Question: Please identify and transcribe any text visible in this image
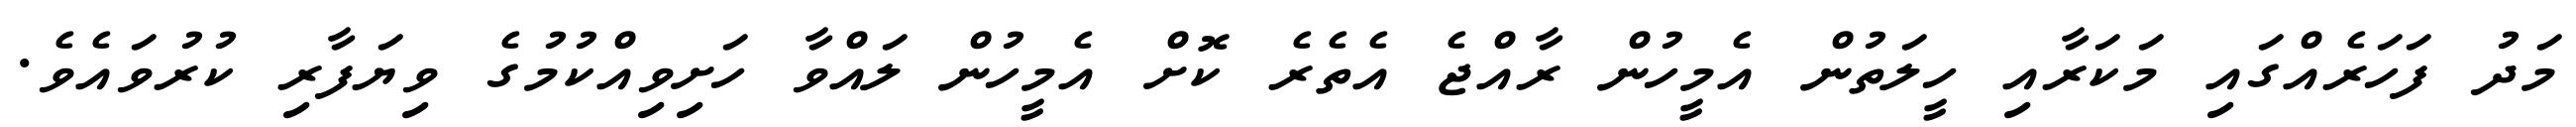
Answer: މަދު ފަހަރެއްގައި މަކަރާއި ހީލަތުން އެމީހުން ރާއްޖެ އެތެރެ ކޮށް އެމީހުން ލައްވާ ހަށިވިއްކުމުގެ ވިޔަފާރި ކުރުވައެވެ.